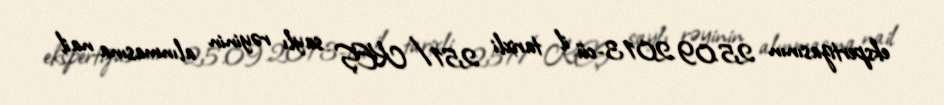
ekspertizasının 25.09.2013-cü il tarixli 251/KEŞ saylı rəyinin alınmasına nail